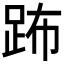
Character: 𨀒